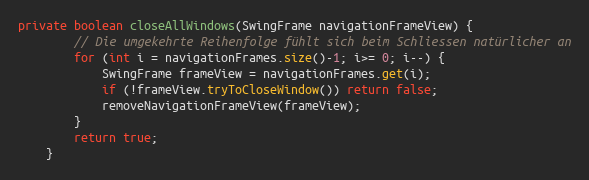
Language: Java
private boolean closeAllWindows(SwingFrame navigationFrameView) {
		// Die umgekehrte Reihenfolge fühlt sich beim Schliessen natürlicher an
		for (int i = navigationFrames.size()-1; i>= 0; i--) {
			SwingFrame frameView = navigationFrames.get(i);
			if (!frameView.tryToCloseWindow()) return false;
			removeNavigationFrameView(frameView);
		}
		return true;
	}